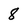
Character: 8